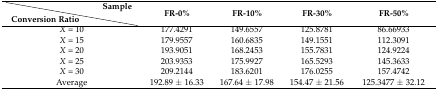
|  | Sample | <ROWSPAN=2> FR-0% | <ROWSPAN=2> FR-10% | <ROWSPAN=2> FR-30% | <ROWSPAN=2> FR-50% |
 | Conversion Ratio |  |
 | --- | --- | --- | --- | --- | --- |
 | <COLSPAN=2> X = 10 | 177.4291 | 149.6557 | 125.8781 | 86.66933 |
 | <COLSPAN=2> X = 15 | 179.9557 | 160.6835 | 149.1551 | 112.3091 |
 | <COLSPAN=2> X = 20 | 193.9051 | 168.2453 | 155.7831 | 124.9224 |
 | <COLSPAN=2> X = 25 | 203.9353 | 175.9927 | 165.5293 | 145.3633 |
 | <COLSPAN=2> X = 30 | 209.2144 | 183.6201 | 176.0255 | 157.4742 |
 | <COLSPAN=2> Average | 192.89 ± 16.33 | 167.64 ± 17.98 | 154.47 ± 21.56 | 125.3477 ± 32.12 |